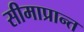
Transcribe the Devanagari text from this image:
सीमाप्रान्त